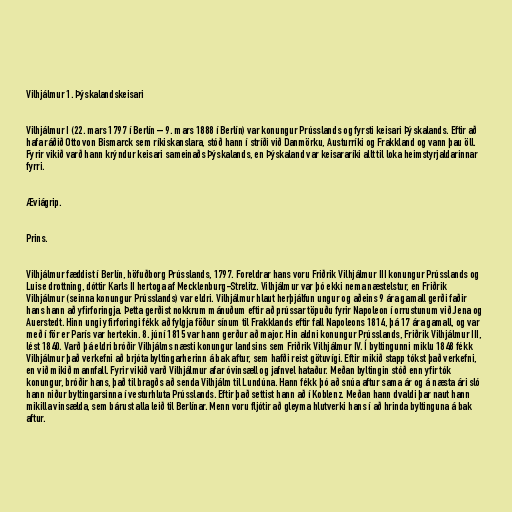
Vilhjálmur 1. Þýskalandskeisari

Vilhjálmur I (22. mars 1797 í Berlín – 9. mars 1888 í Berlín) var konungur Prússlands og fyrsti keisari Þýskalands. Eftir að
hafa ráðið Otto von Bismarck sem ríkiskanslara, stóð hann í stríði við Danmörku, Austurríki og Frakkland og vann þau öll.
Fyrir vikið varð hann krýndur keisari sameinaðs Þýskalands, en Þýskaland var keisararíki allt til loka heimstyrjaldarinnar
fyrri.

Æviágrip.

Prins.

Vilhjálmur fæddist í Berlín, höfuðborg Prússlands, 1797. Foreldrar hans voru Friðrik Vilhjálmur III konungur Prússlands og
Luise drottning, dóttir Karls II hertoga af Mecklenburg-Strelitz. Vilhjálmur var þó ekki nema næstelstur, en Friðrik
Vilhjálmur (seinna konungur Prússlands) var eldri. Vilhjálmur hlaut herþjálfun ungur og aðeins 9 ára gamall gerði faðir
hans hann að yfirforingja. Þetta gerðist nokkrum mánuðum eftir að prússar töpuðu fyrir Napoleon í orrustunum við Jena og
Auerstedt. Hinn ungi yfirforingi fékk að fylgja föður sínum til Frakklands eftir fall Napoleons 1814, þá 17 ára gamall, og var
með í för er París var hertekin. 8. júní 1815 var hann gerður að major. Hin aldni konungur Prússlands, Friðrik Vilhjálmur III,
lést 1840. Varð þá eldri bróðir Vilhjálms næsti konungur landsins sem Friðrik Vilhjálmur IV. Í byltingunni miklu 1848 fékk
Vilhjálmur það verkefni að brjóta byltingarherinn á bak aftur, sem hafði reist götuvígi. Eftir mikið stapp tókst það verkefni,
en við mikið mannfall. Fyrir vikið varð Vilhjálmur afar óvinsæll og jafnvel hataður. Meðan byltingin stóð enn yfir tók
konungur, bróðir hans, það til bragðs að senda Vilhjálm til Lundúna. Hann fékk þó að snúa aftur sama ár og á næsta ári sló
hann niður byltingarsinna í vesturhluta Prússlands. Eftir það settist hann að í Koblenz. Meðan hann dvaldi þar naut hann
mikilla vinsælda, sem bárust alla leið til Berlínar. Menn voru fljótir að gleyma hlutverki hans í að hrinda byltinguna á bak
aftur.